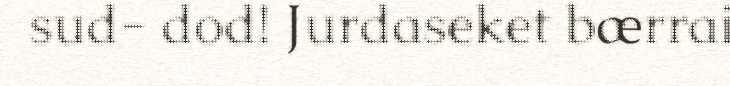
sud- dod! Jurdaseket bærrai